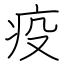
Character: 疫